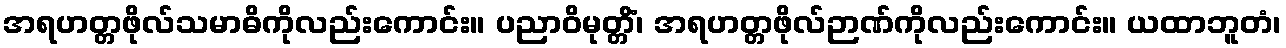
အရဟတ္တဖိုလ်သမာဓိကိုလည်းကောင်း။ ပညာဝိမုတ္တိံ၊ အရဟတ္တဖိုလ်ဉာဏ်ကိုလည်းကောင်း။ ယထာဘူတံ၊